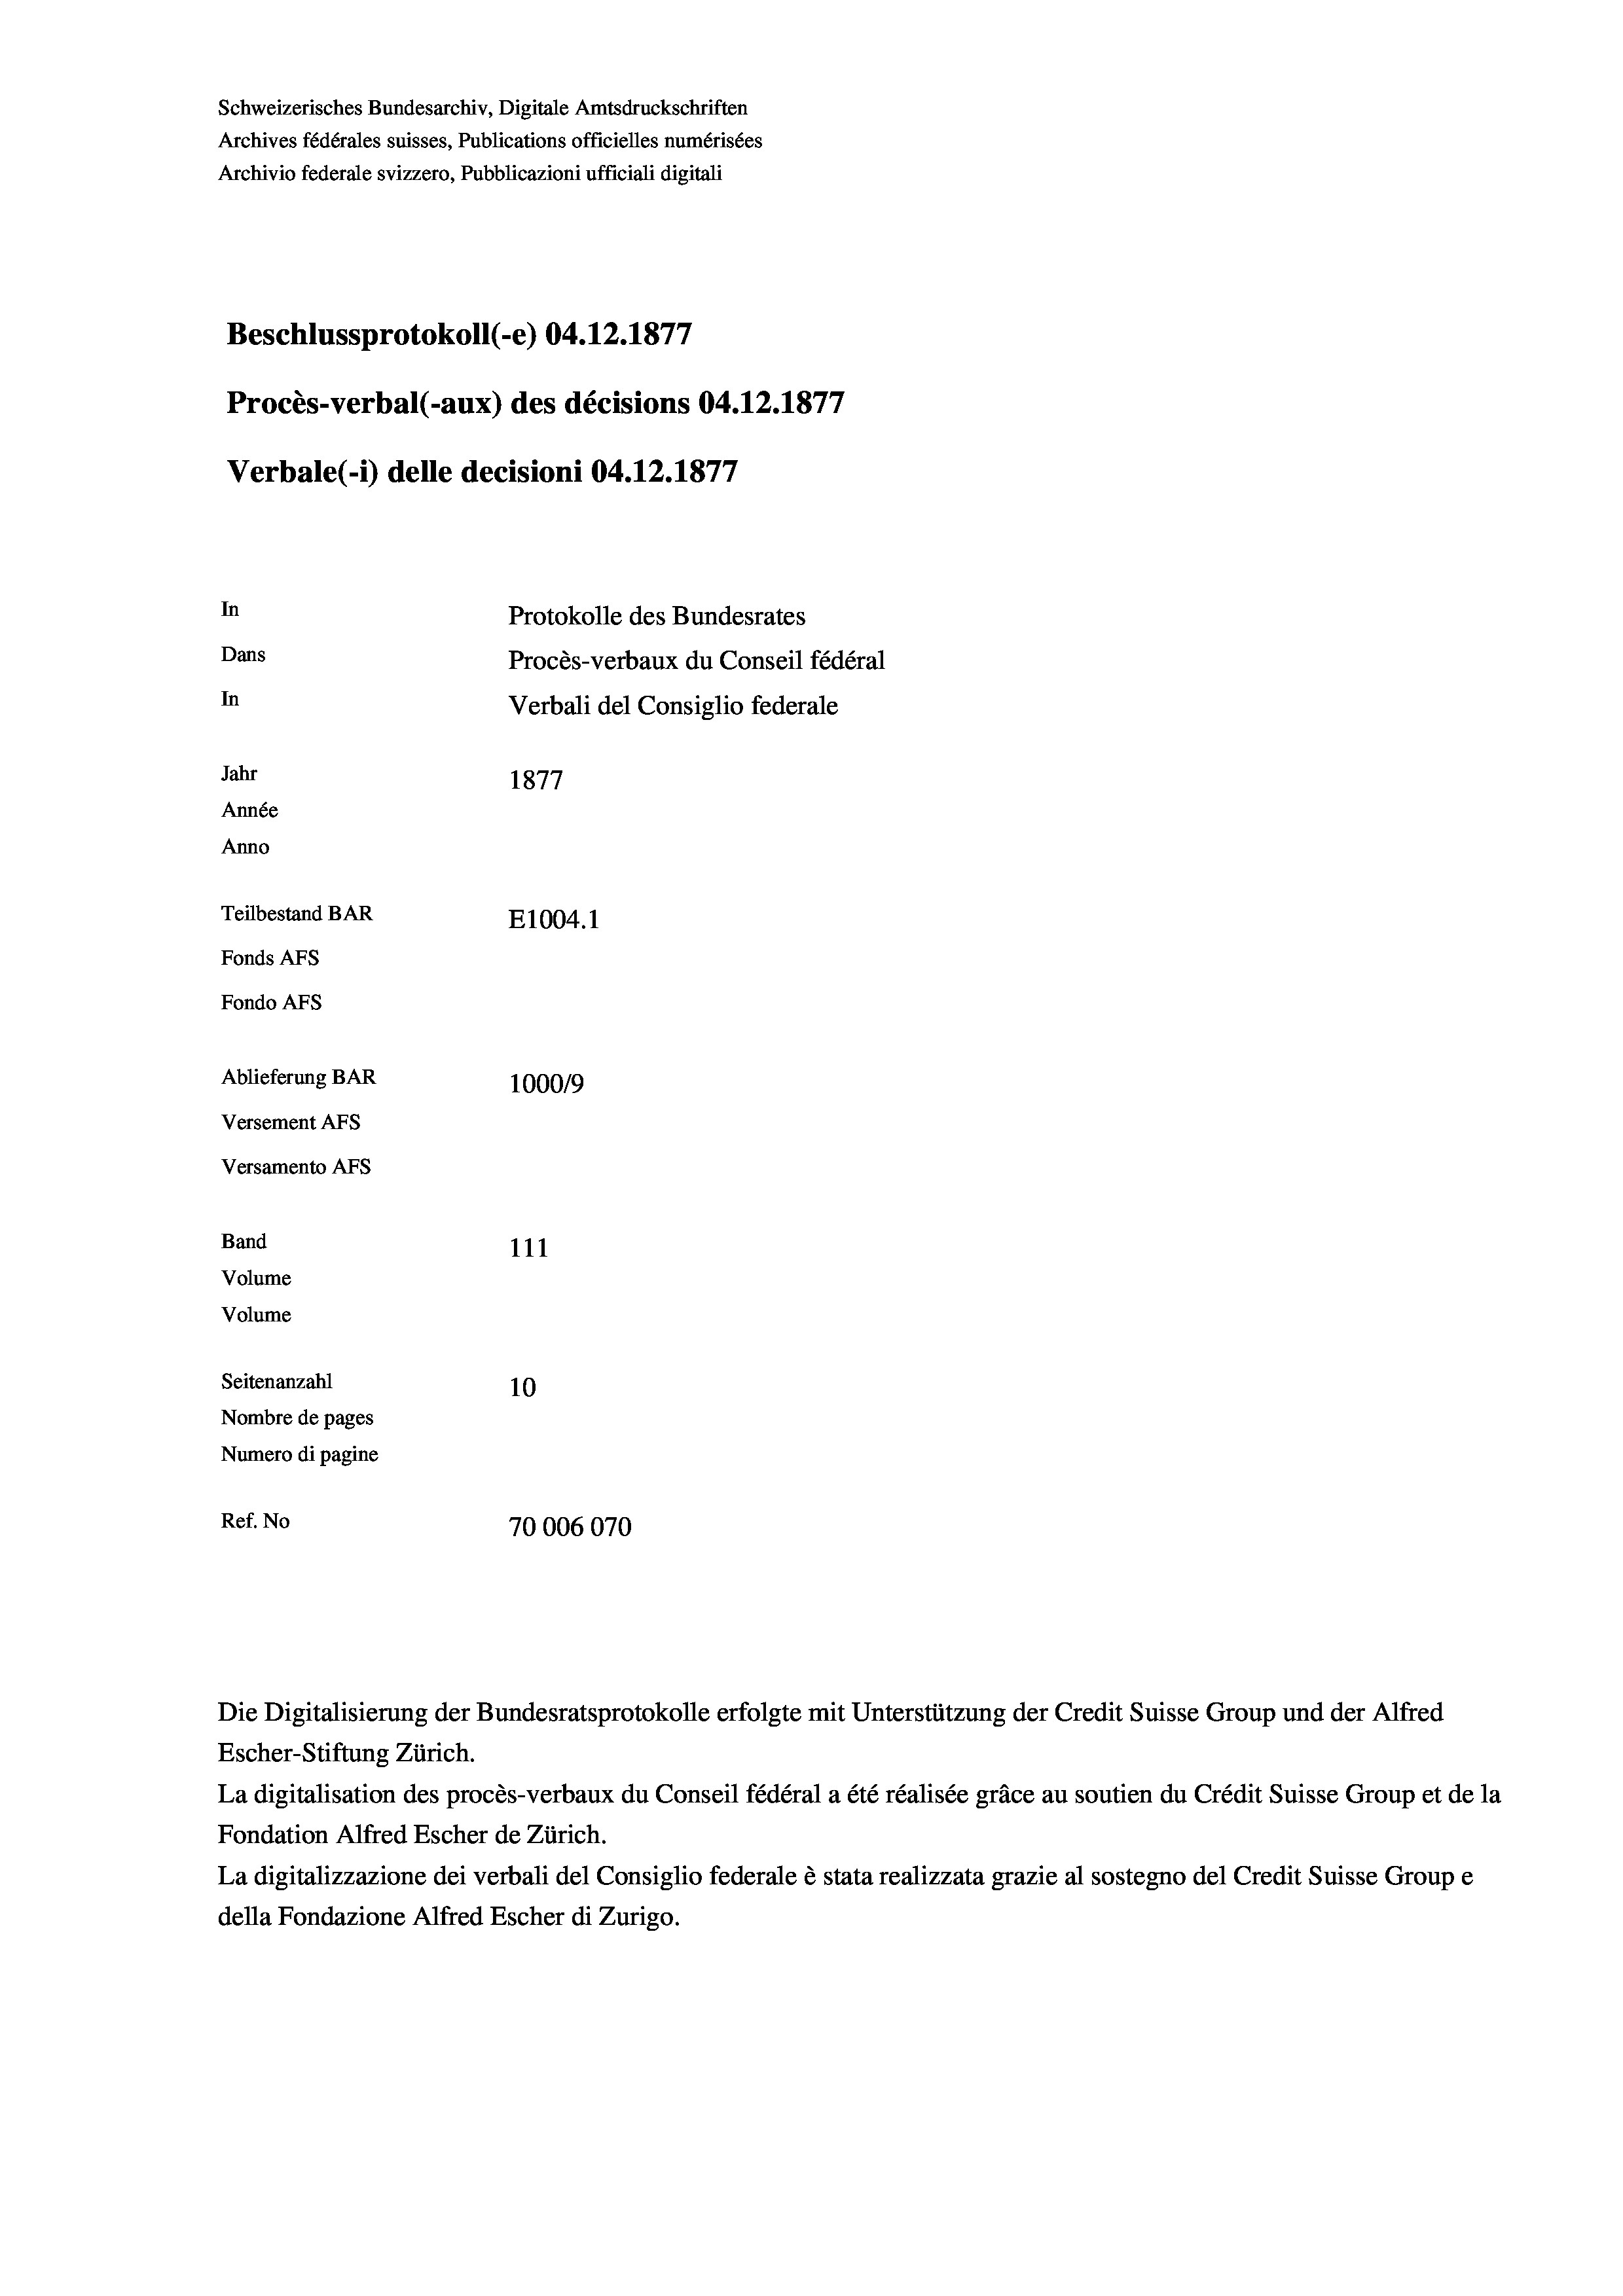
Schweizerisches Bundesarchiv, Digitale Amtsdruckschriften
Archives fédérales suisses, Publications officielles numérisées
Archivio federale svizzero, Pubblicazioni ufficiali digitali
Beschlussprotokoll (-e) 04.12.1877
Procès-verbal (-aux) des décisions 04.12.1877
Verbale (- 1) delle decisioni 04.12.1877
In
Protokolle des Bundesrates
Dans
Procès-verbaux du Conseil fédéral
In
Verbali del Consiglio federale
Jahr
1877
Année
Anno
Teilbestand BAR
E1004. 1
Fonds Afs
Fondo AFs
Ablieferung BAR
1000/9
Versement Abs
Versamento Afs
Band
111
Volume
Volume

Seitenanzahl
10
Nombre de pages
Numero di pagine
Ref. No
70006070

Die Digitalisierung der Bundesratsprotokolle erfolgte mit Unterstützung der Credit Suisse Group und der Alfred
Escher-Stiftung Zürich.
La digitalisation des procès-verbaux du Conseil fédéral a été réalisée gräce au soutien du Crédit Suisse Group et de la
Fondation Alfred Escher de Zürich.
La digitalizzazione dei verbali del Consiglio federale è stata realizzata grazie al sostegno del Credit Suisse Groupe
della Fondazione Alfred Escher di Zurigo.